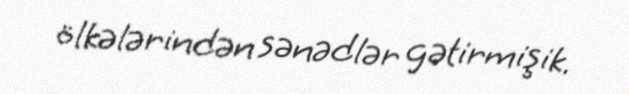
ölkələrindən sənədlər gətirmişik.